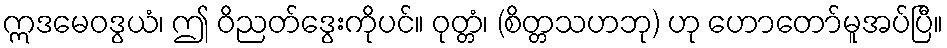
ဣဒမေဝဒွယံ၊ ဤ ဝိညတ်ဒွေးကိုပင်။ ဝုတ္တံ၊ (စိတ္တသဟဘု) ဟု ဟောတော်မူအပ်ပြီ။